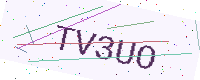
Text: TV3UO